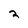
Character: 2